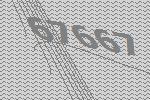
67667